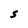
Character: S